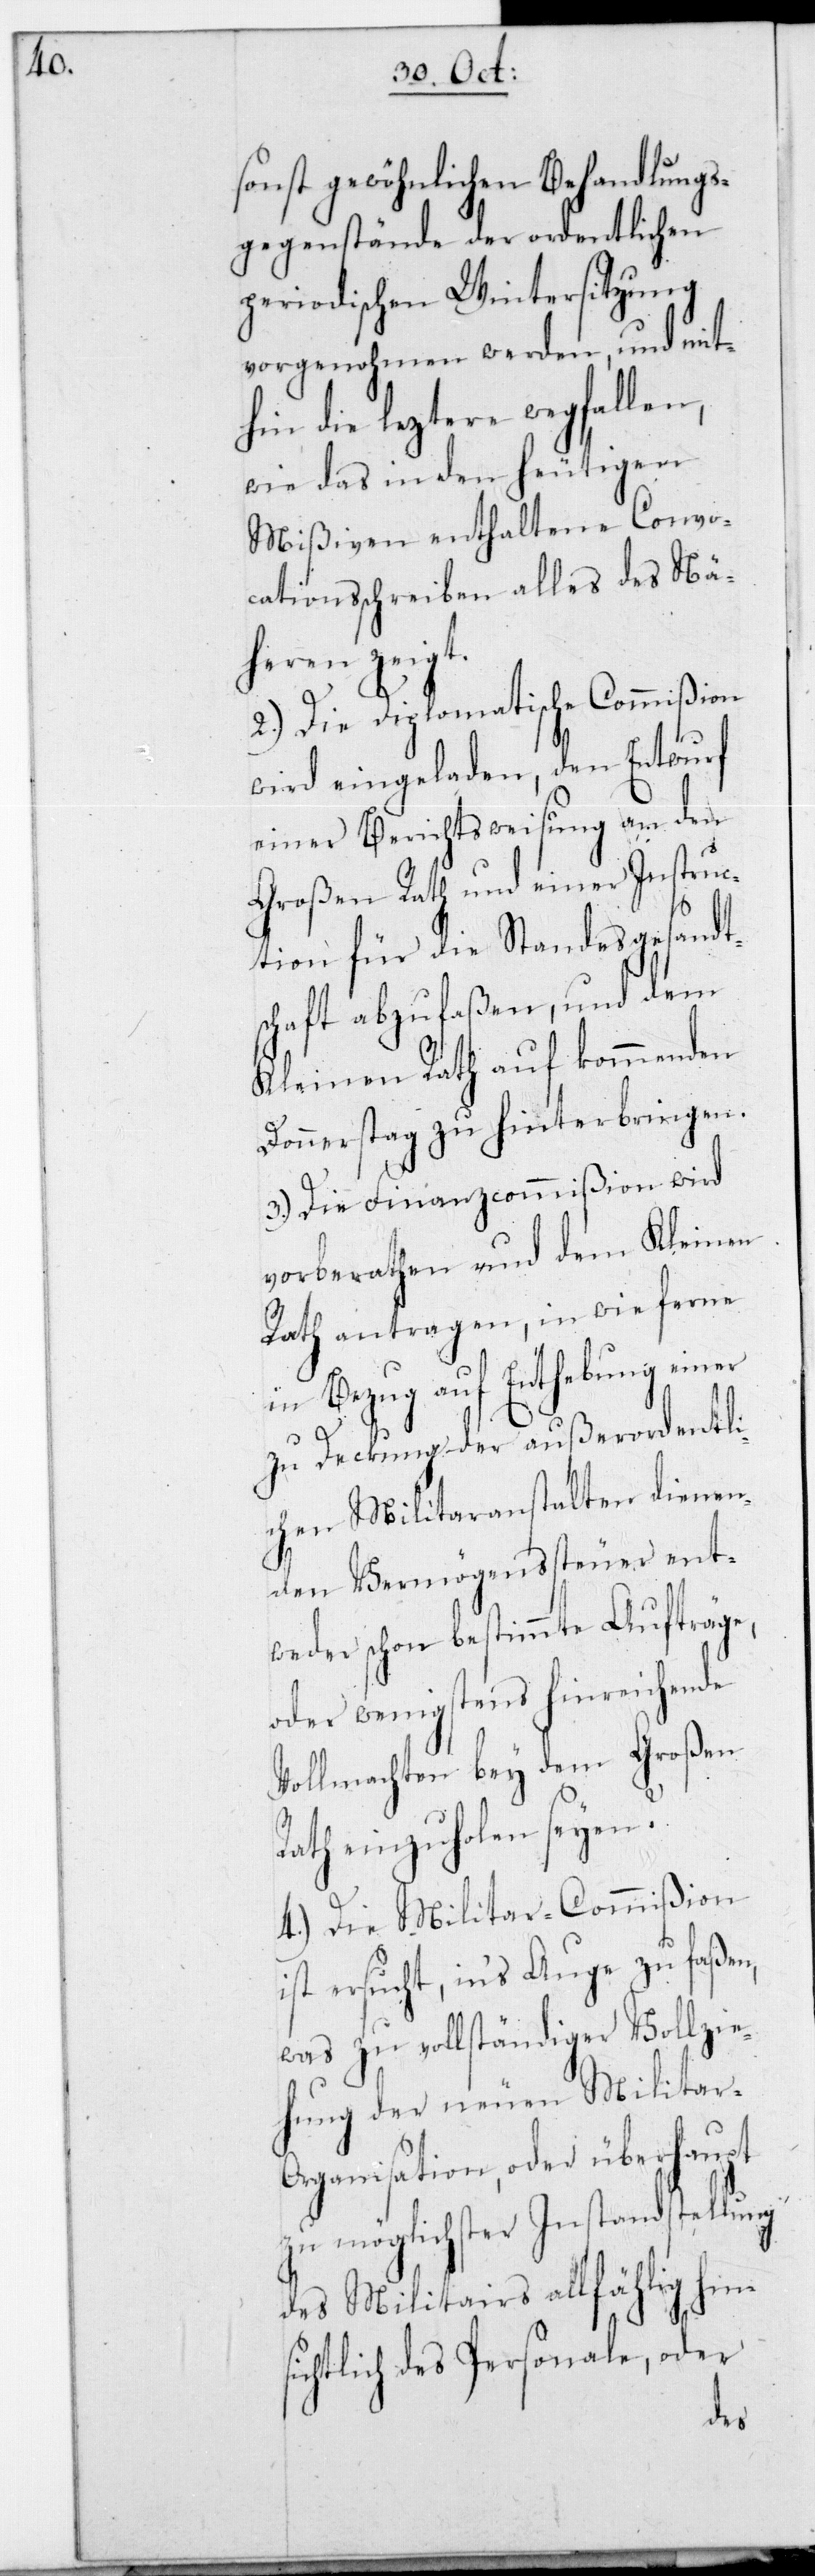
sonst gewöhnlichen Behandlungs¬
gegenstände der ordentlichen
periodischen Wintersitzung
vorgenohmen werden, und mi¬
thin die leztere wegfall¬
wie das in den heutigen
Mißiven enthaltene Convo¬
cationsschreiben alles
heren zeigt.
2.) Die Diplomatische Commi¬
wird eingeladen, den
einer Berichtsweisung an den
Großen Rath und einer Inst¬
ng
ction für die Standesg¬
schaft abzufaßen, und dem
Kleinen Rath auf kommenden
ingen.
Donnerstag zu hinterbr¬
3.) Die Finanzcommißion wird
vorberathen und dem Kleinen
Rath antragen, in wie ferne
in Bezug auf Enthebung einer
zu Deckung der außerordentli¬
chen Militaranstalten dienen¬
den Vermögenssteuer ent¬
weder schon bestimmte Aufträge,
oder wenigstens hinreichende
Vollmachten bey dem Großen
Rath einzuholen seien.
4.) Die Militar-Commißion
ist ersucht, in‘s Auge zu faßen,
was zu vollständiger Vollzie¬
hung der neuen Militar-O¬
rganisation, oder überhaupt
möglichster Instandstellu¬
des Militars allfählig hins¬
ichtlich des Personale, oder
des